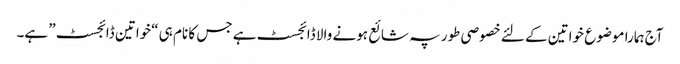
آج ہمارا موضوع خواتین کے لئے خصوصی طور پہ شائع ہونے والا ڈائجسٹ ہے جس کا نام ہی “خواتین ڈائجسٹ” ہے۔